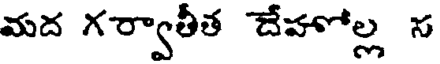
మద గర్వాతీత దేహోల్ల స